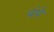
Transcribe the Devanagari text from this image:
चंपे